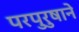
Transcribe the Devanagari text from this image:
परपुरुषाने